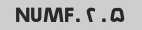
۵. NUMF. ۲